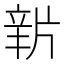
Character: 𤗔